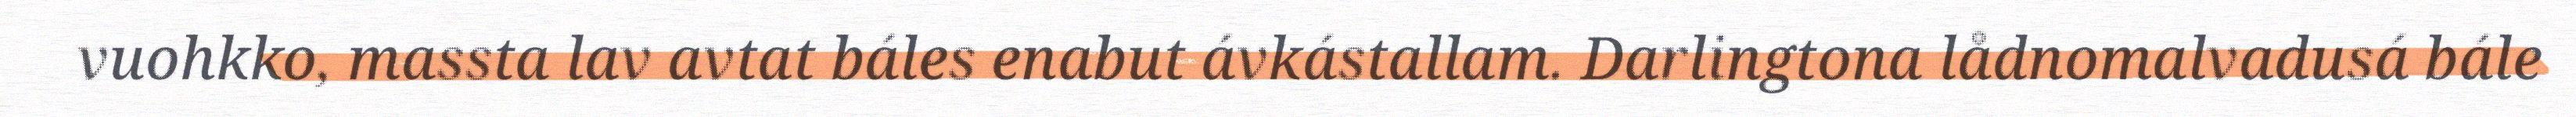
vuohkko, massta lav avtat báles enabut ávkástallam. Darlingtona lådnomalvadusá bále